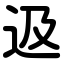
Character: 﨤